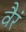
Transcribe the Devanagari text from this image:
वैरं